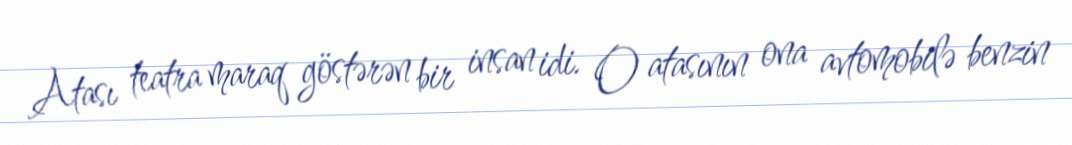
Atası teatra maraq göstərən bir insan idi. O atasının ona avtomobilə benzin